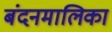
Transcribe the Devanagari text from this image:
बंदनमालिका